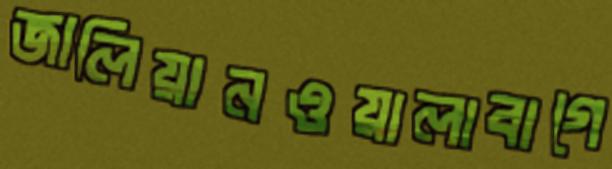
জালিয়ানওয়ালাবাগে